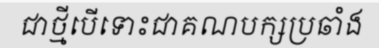
ជាថ្មីបើទោះជាគណបក្សប្រឆាំង